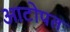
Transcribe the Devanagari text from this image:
आटोपत